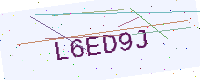
Text: L6ED9J